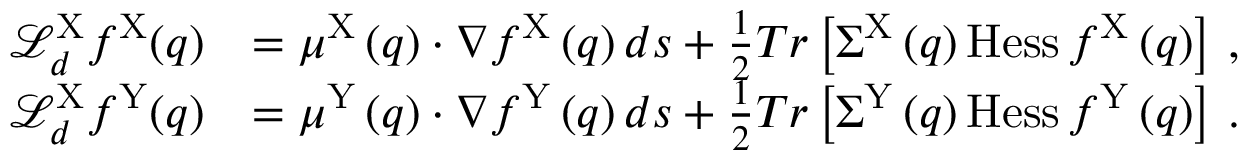
\begin{array} { r l } { \mathcal { L } _ { d } ^ { \mathrm { X } } f ^ { \mathrm { X } } ( q ) } & { = \mu ^ { \mathrm { X } } \left( q \right) \cdot \nabla f ^ { \mathrm { X } } \left( q \right) d s + \frac { 1 } { 2 } T r \left[ \Sigma ^ { \mathrm { X } } \left( q \right) \mathrm { H e s s } \, f ^ { \mathrm { X } } \left( q \right) \right] \, , } \\ { \mathcal { L } _ { d } ^ { \mathrm { X } } f ^ { \mathrm { Y } } ( q ) } & { = \mu ^ { \mathrm { Y } } \left( q \right) \cdot \nabla f ^ { \mathrm { Y } } \left( q \right) d s + \frac { 1 } { 2 } T r \left[ \Sigma ^ { \mathrm { Y } } \left( q \right) \mathrm { H e s s } \, f ^ { \mathrm { Y } } \left( q \right) \right] \, . } \end{array}